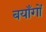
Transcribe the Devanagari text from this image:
बयाँगों